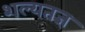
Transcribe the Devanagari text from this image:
शल्यतज्ञ